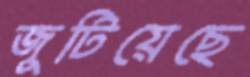
জুটিয়েছে